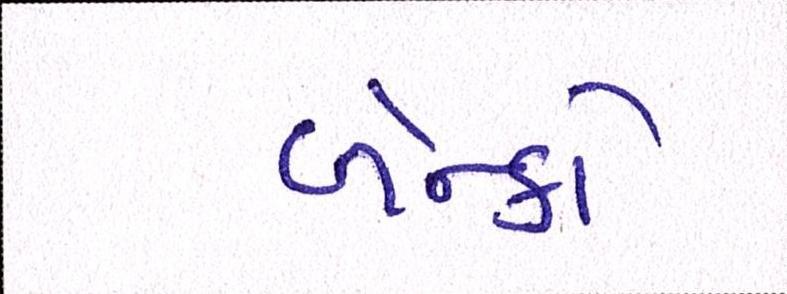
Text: બેન્કો